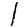
Digit: 1